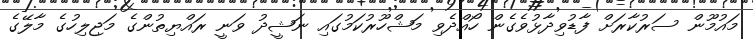
މައުމޫން ސަރުކާރަށް ފާޑުވިދާޅުވެގެން ހޯއްދެވި މަޝްހޫރުކަމުގައި ނަޝީދު ވަނީ ރައްޔިތުންގެ މަޖިލިހުގެ މާލޭގެ